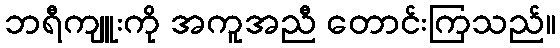
ဘရီကျူးကို အကူအညီ တောင်းကြသည်။